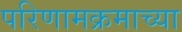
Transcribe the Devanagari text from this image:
परिणामक्रमाच्या